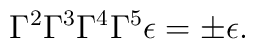
\Gamma^{2}\Gamma^{3}\Gamma^{4}\Gamma^{5} \epsilon =\pm \epsilon .